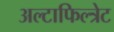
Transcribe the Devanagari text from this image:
अल्टाफिल्त्रेट